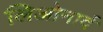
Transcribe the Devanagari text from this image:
लिओनार्द